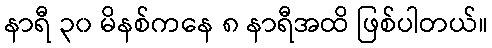
နာရီ ၃၀ မိနစ်ကနေ ၈ နာရီအထိ ဖြစ်ပါတယ်။